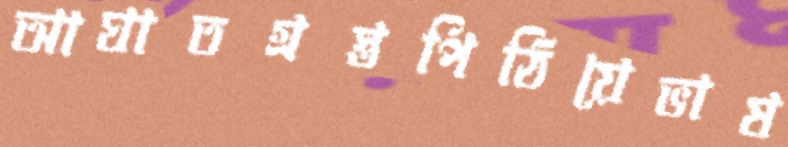
আঘাতগ্রস্তপিঠিয়েভাষ